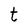
Character: t